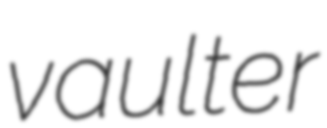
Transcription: vaulter